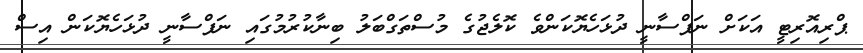
ޕްރިއޮރިޓީ އަކަށް ނަފްސާނީ ދުޅަހެޔޮކަންވެ ކޮލެޖުގެ މުސްތަގްބަލު ބިނާކުރުމުގައި ނަފްސާނީ ދުޅަހެޔޮކަން އިސް